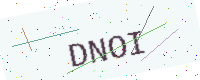
Text: DNOI